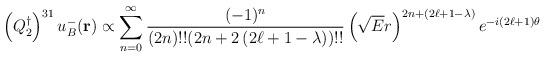
LaTeX: \begin{align*}\left( Q_{2}^\dagger \right)^{31} u_B^- ({\bf r}) \propto \sum_{n=0}^\infty{ (-1)^n \over (2 n)!! (2n + 2 \left( 2 \ell +1 - \lambda \right))!!} \left( \sqrt{E} r\right)^{2n + \left( 2 \ell +1 - \lambda \right)} e^{-i \left( 2 \ell +1 \right) \theta}\end{align*}